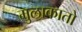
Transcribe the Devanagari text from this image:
मुलाकातो